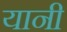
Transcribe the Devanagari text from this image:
यानी